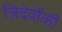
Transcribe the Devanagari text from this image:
त्रिदेवोंकी